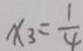
x _ { 3 } = \frac { 1 } { 4 }